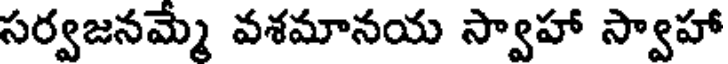
సర్వజనమ్మ వశమానయ స్వాహా స్వాహా